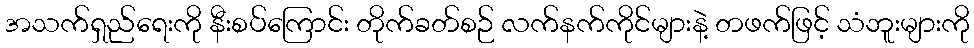
အသက်ရှည်ရေးကို နီးစပ်ကြောင်း တိုက်ခတ်စဉ် လက်နက်ကိုင်များနဲ့ တဖက်ဖြင့် သံဘူးများကို